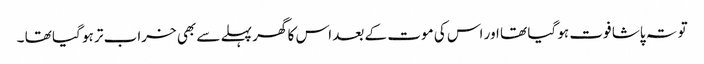
تو تہ پاشا فوت ہو گیا تھا اور اس کی موت کے بعد اس کا گھر پہلے سے بھی خراب تر ہو گیا تھا ۔